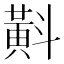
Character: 斢